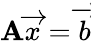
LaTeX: \mathbf{A}{\overrightarrow{{x}}}={\overrightarrow{{b}}}